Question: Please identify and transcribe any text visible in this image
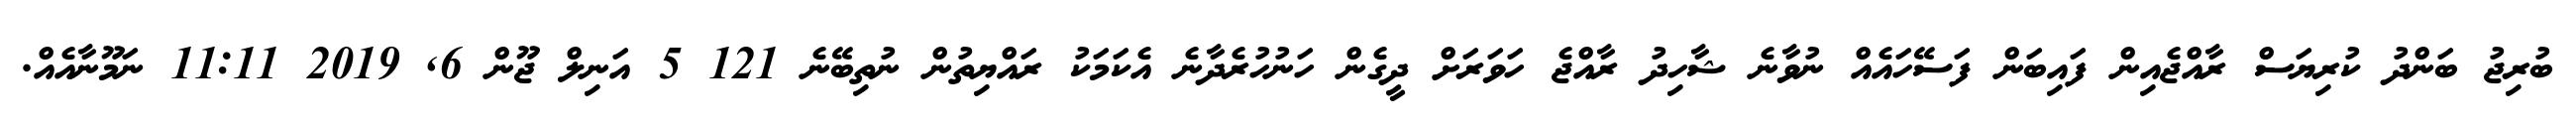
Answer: ބުރިޖު ބަންދު ކުރިޔަސް ރާއްޖެއިން ފައިބަން ފަސޭހައެއް ނުވާނެ ޝާހިދު ރާއްޖެ ހަވަރަށް ދީގެން ހަނުހުރެދާނެ އެކަމަކު ރައްޔިތުން ނުތިބޭނެ 121 5 އަނިލް ޖޫން 6, 2019 11:11 ނަމޫނާއެއް.